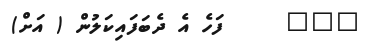
١٠٤     ފަހެ އެ ދެބަފައިކަލުން ( އަށް)